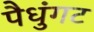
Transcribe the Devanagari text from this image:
पैधुंगट